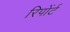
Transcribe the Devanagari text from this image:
रिपोंर्ट